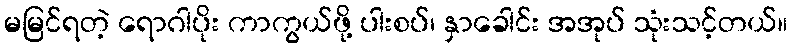
မမြင်ရတဲ့ ရောဂါပိုး ကာကွယ်ဖို့ ပါးစပ်၊ နှာခေါင်း အအုပ် သုံးသင့်တယ်။